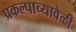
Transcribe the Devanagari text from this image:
प्रकल्पाच्यावेळी